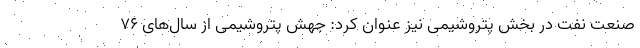
صنعت نفت در بخش پتروشیمی نیز عنوان کرد: جهش پتروشیمی از سال‌های ۷۶